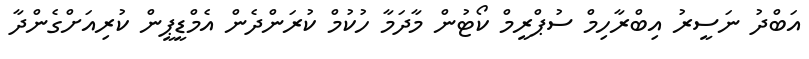
އަބްދު ނަސީރު އިބްރާހިމް ސުޕްރީމް ކޯޓުން މާދަމާ ހުކުމް ކުރަންދެން އެމްޑީޕީން ކުރިއަށްގެންދާ